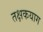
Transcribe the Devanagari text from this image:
तक्षकयाग